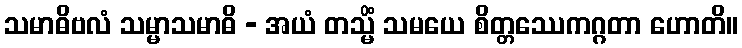
သမာဓိဗလံ သမ္မာသမာဓိ - အယံ တသ္မိံ သမယေ စိတ္တဿေကဂ္ဂတာ ဟောတိ။